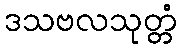
ဒသဗလသုတ္တံ